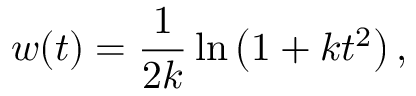
w ( t ) = \frac { 1 } { 2 k } \ln \left( 1 + k t ^ { 2 } \right) ,